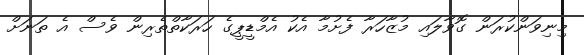
މިނިވަންކުރަން ގޮވާލައި މުޒާހަރާ ފެށުމާ އެކު އެމްޑީޕީގެ ހަރަކާތްތެރިން ވެސް އެ ތަނަށް